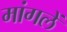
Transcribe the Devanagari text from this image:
मांगलें